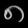
Digit: ၈